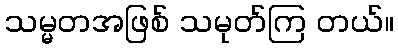
သမ္မတအဖြစ် သမုတ်ကြ တယ်။